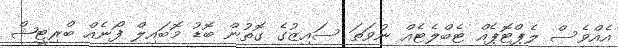
އެއްވެސް ލެޕްޓޮޕެއް ޓެބްލެޓެއް ނުވަތަ ސައިޒުގެ ގޮތުން ބޮޑު މޮބައިލް ފޯނެއް ބްރިޓީޝް